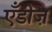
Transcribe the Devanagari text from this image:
एँडीज़